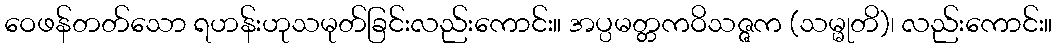
ဝေဖန်တတ်သော ရဟန်းဟုသမုတ်ခြင်းလည်းကောင်း။ အပ္ပမတ္တကဝိသဇ္ဇက (သမ္မုတိ)၊ လည်းကောင်း။